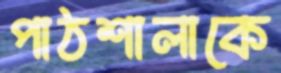
পাঠশালাকে